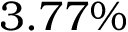
3 . 7 7 \%